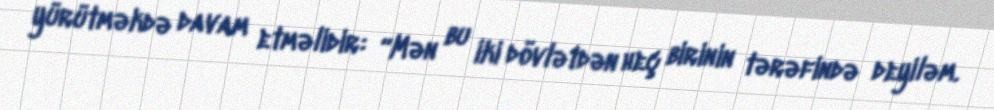
yürütməkdə davam etməlidir: “Mən bu iki dövlətdən heç birinin tərəfində deyiləm.